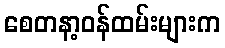
စေတနာ့ဝန်ထမ်းများက